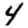
Digit: 4